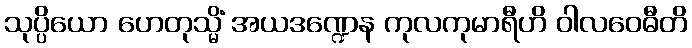
သုပ္ပိယော ဟေတုသ္မိံ အယဒဏ္ဍေန ကုလကုမာရီဟိ ဝါလဝေဓီတိ